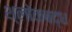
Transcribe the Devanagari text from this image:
श्लाेकबद्ध